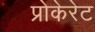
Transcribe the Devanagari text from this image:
प्रोकेरेट